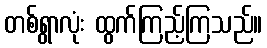
တစ်ရွာလုံး ထွက်ကြည့်ကြသည်။